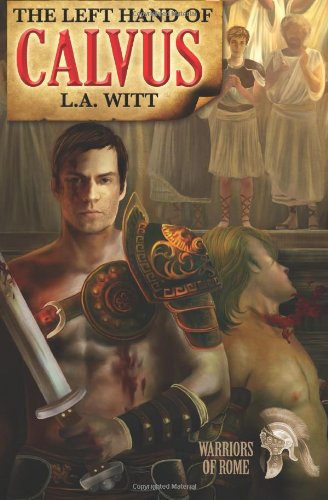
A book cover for The Left Hand of Calvus (Warriors of Rome); L.A. Witt; Romance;